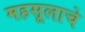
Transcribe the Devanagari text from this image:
महसूलाचे